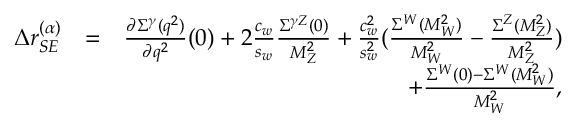
\begin{array} { r l r } { \Delta r _ { S E } ^ { ( \alpha ) } } & { = } & { \frac { \partial \Sigma ^ { \gamma } ( q ^ { 2 } ) } { \partial q ^ { 2 } } ( 0 ) + 2 \frac { c _ { w } } { s _ { w } } \frac { \Sigma ^ { \gamma Z } ( 0 ) } { M _ { Z } ^ { 2 } } + \frac { c _ { w } ^ { 2 } } { s _ { w } ^ { 2 } } ( \frac { \Sigma ^ { W } ( M _ { W } ^ { 2 } ) } { M _ { W } ^ { 2 } } - \frac { \Sigma ^ { Z } ( M _ { Z } ^ { 2 } ) } { M _ { Z } ^ { 2 } } ) } \\ & { } & { + \frac { \Sigma ^ { W } ( 0 ) - \Sigma ^ { W } ( M _ { W } ^ { 2 } ) } { M _ { W } ^ { 2 } } , } \end{array}